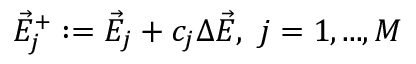
\displaystyle { \vec { E } _ { j } ^ { + } : = \vec { E } _ { j } + c _ { j } \Delta \vec { E } , \ j = 1 , . . . , M }